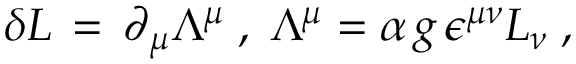
\delta { \cal L } \, = \, \partial _ { \mu } \Lambda ^ { \mu } \; , \; \Lambda ^ { \mu } = \alpha \, g \, \epsilon ^ { \mu \nu } L _ { \nu } \; ,